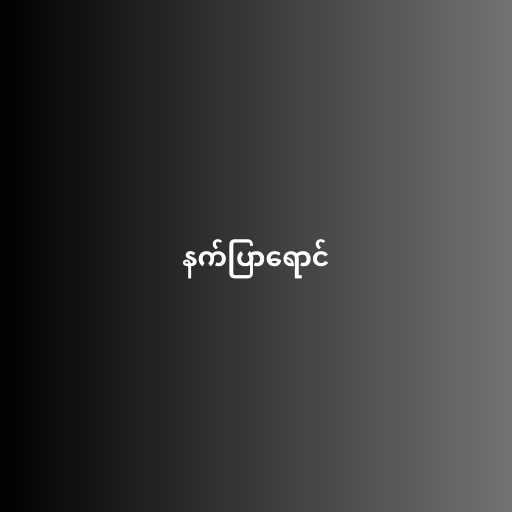
နက်ပြာရောင်